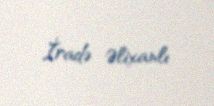
İradə Əlixanlı